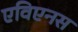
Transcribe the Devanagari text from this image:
एविएनस